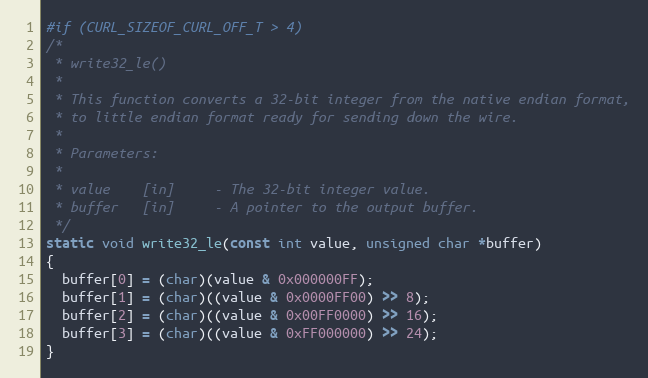
Language: C
#if (CURL_SIZEOF_CURL_OFF_T > 4)
/*
 * write32_le()
 *
 * This function converts a 32-bit integer from the native endian format,
 * to little endian format ready for sending down the wire.
 *
 * Parameters:
 *
 * value    [in]     - The 32-bit integer value.
 * buffer   [in]     - A pointer to the output buffer.
 */
static void write32_le(const int value, unsigned char *buffer)
{
  buffer[0] = (char)(value & 0x000000FF);
  buffer[1] = (char)((value & 0x0000FF00) >> 8);
  buffer[2] = (char)((value & 0x00FF0000) >> 16);
  buffer[3] = (char)((value & 0xFF000000) >> 24);
}